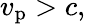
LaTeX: v_{\mathrm{p}}>c,